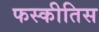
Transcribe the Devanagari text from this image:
फस्कीतिस